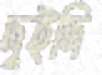
দুইদি